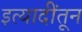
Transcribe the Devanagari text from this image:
इत्यादींतून